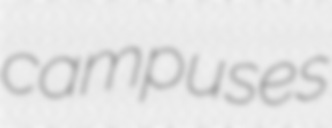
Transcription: campuses